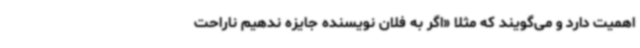
اهمیت دارد و می‌گویند که مثلا «اگر به فلان نویسنده جایزه ندهیم ناراحت